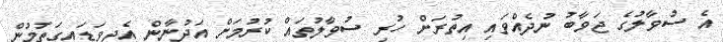
އެ ސުވާލުގެ ޖަވާބު ނުދެއްވައި އިތުރަށް ހުރި ސުވާލުތައް ކުރުމަށް އަދުނާން އެދިވަޑައިގަތުމުން